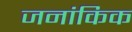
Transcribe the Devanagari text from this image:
जनांकिक